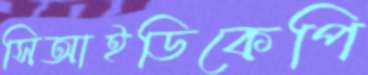
সিআইডিকেপি